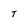
Character: T